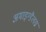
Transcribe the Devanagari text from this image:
अमाइग्डैलस